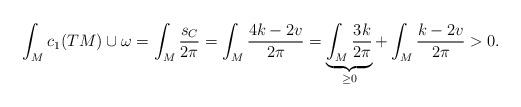
LaTeX: \begin{align*}\int_M c_1(TM) \cup \omega = \int_M \frac{s_C}{2\pi} = \int_M \frac{4k-2v}{2\pi} = \underbrace{\int_M \frac{3k}{2\pi}}_{\geq 0} + \int_M \frac{k-2v}{2\pi} > 0.\end{align*}